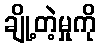
ချို့တဲ့မှုကို